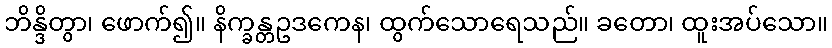
ဘိန္ဒိတွာ၊ ဖောက်၍။ နိက္ခန္တဥဒကေန၊ ထွက်သောရေသည်။ ခတော၊ ထူးအပ်သော။